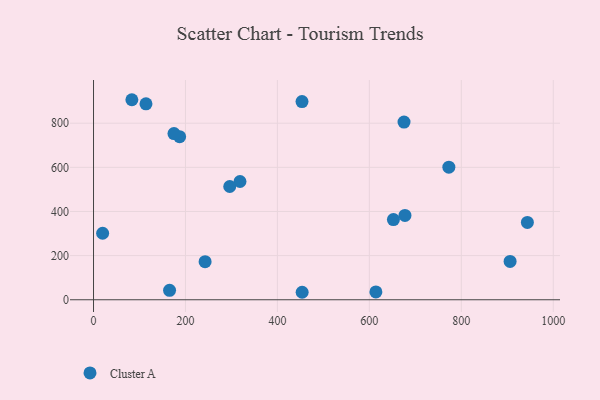
{"axis": {"x": "Study Hours", "y": "Salary"}, "legend": ["Cluster A"], "data": [{"x": "614.2", "y": 35.6, "type": "Cluster A"}, {"x": "318.6", "y": 535.9, "type": "Cluster A"}, {"x": "943.7", "y": 350.6, "type": "Cluster A"}, {"x": "906.1", "y": 173.5, "type": "Cluster A"}, {"x": "453.8", "y": 33.9, "type": "Cluster A"}, {"x": "677.4", "y": 382.1, "type": "Cluster A"}, {"x": "165.4", "y": 42.6, "type": "Cluster A"}, {"x": "114.1", "y": 888.0, "type": "Cluster A"}, {"x": "675.4", "y": 805.2, "type": "Cluster A"}, {"x": "652.3", "y": 363.1, "type": "Cluster A"}, {"x": "772.9", "y": 600.8, "type": "Cluster A"}, {"x": "453.5", "y": 898.1, "type": "Cluster A"}, {"x": "187.3", "y": 739.1, "type": "Cluster A"}, {"x": "296.3", "y": 513.2, "type": "Cluster A"}, {"x": "83.4", "y": 906.4, "type": "Cluster A"}, {"x": "242.7", "y": 172.5, "type": "Cluster A"}, {"x": "19.8", "y": 301.4, "type": "Cluster A"}, {"x": "175.0", "y": 753.1, "type": "Cluster A"}]}